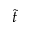
\tilde { t }